Problem: 45 + 19 = ?
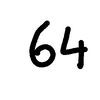
Handwritten answer: 64